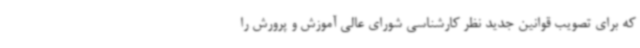
که برای تصویب قوانین جدید نظر کارشناسی شورای عالی آموزش و پرورش را